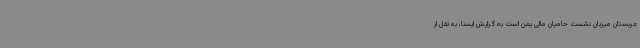
عربستان میزبان نشست حامیان مالی یمن است به گزارش ایسنا، به نقل از